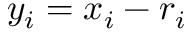
y _ { i } = x _ { i } - r _ { i }